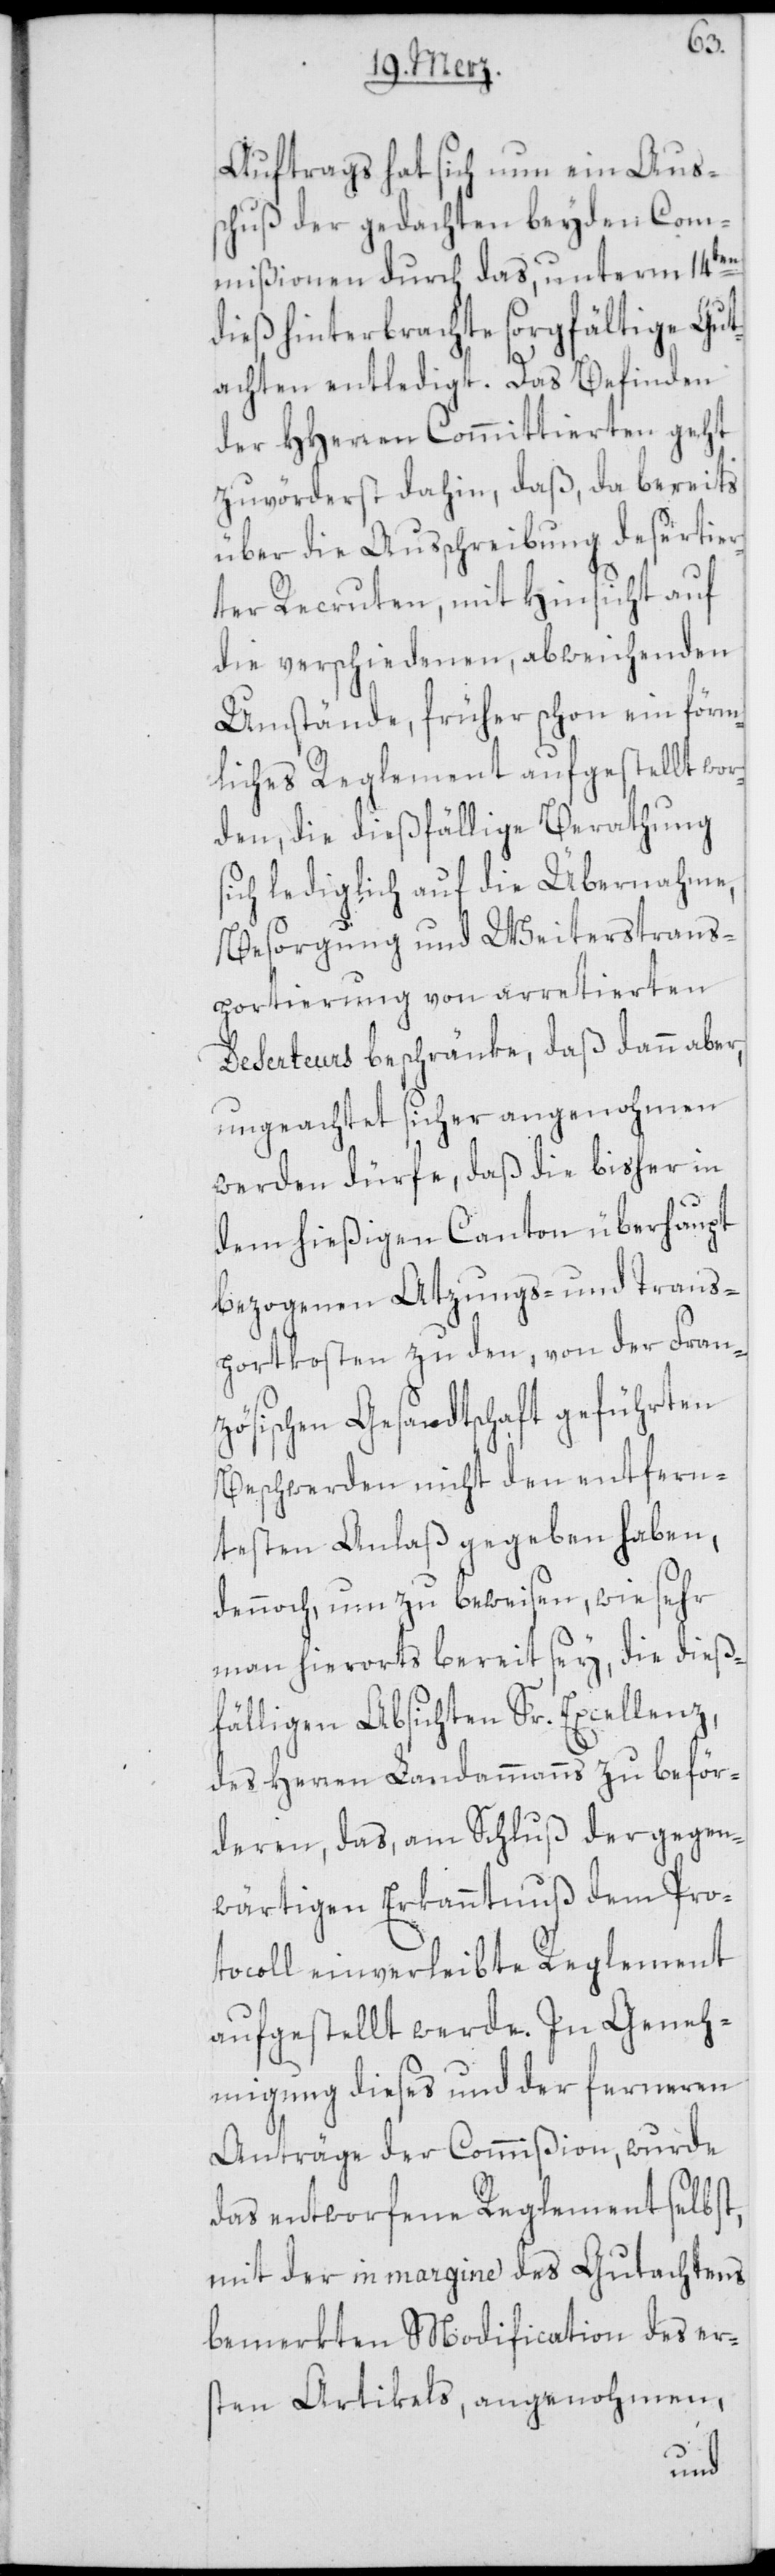
Auftrags hat sich nun ein Aus¬
schuß der gedachten beyden Com¬
mißionen durch das, unterm 14ten
dieß hinterbrachte sorgfältige Gut¬
achten entledigt. Das Befinden
der HHerren Committierten geht
zuvörderst dahin, daß, da bereits
über die Ausschreibung desertier¬
ter Recruten, mit Hinsicht auf
die verschiedenen, abweichenden
Umstände, früher schon ein förm¬
liches Reglement aufgestellt wo¬
rden, die dießfällige Berathung
sich lediglich auf die Übernahme,
Besorgung und weiters Trans¬
portierung von arretierten
Deserteurs beschränke, daß dann aber,
ungeachtet sicher angenohmen
werden dürfe, daß die bisher in
dem hießigen Canton überhaupt
bezogenen Atzungs- und Trans¬
portkosten zu den, von der Fran¬
zösischen Gesandtschaft geführten
Beschwerden nicht den entfern¬
testen Anlaß gegeben haben,
dennoch, um zu beweisen, wie sehr
man hierorts bereit sey, die dieß¬
fälligen Absichten Sr. Excellenz,
des Herren Landammanns zu beför¬
deren, das, am Schluß der gegen¬
wärtigen Erkanntnuß dem Pro¬
tocoll einverleibte Reglement
aufgestellt werde. In Geneh¬
migung dieses und der ferneren
Anträge der Commißion, wurde
das entworfene Reglement selbst,
mit der in margine des Gutachtens
bemerkten Modification des er¬
sten Artikels, angenohmen,